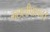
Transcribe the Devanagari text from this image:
मछलीपालन।